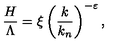
{ \frac { H } { \Lambda } } = \xi \left( { \frac { k } { k _ { n } } } \right) ^ { - \varepsilon } ,